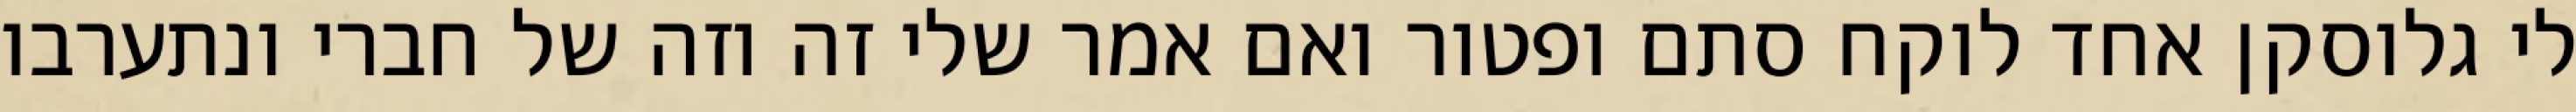
לי גלוסקן אחד לוקח סתם ופטור ואם אמר שלי זה וזה של חברי ונתערבו